Indian journal of veterinary science and animal husbandry - Volume 8,
Year: 1938
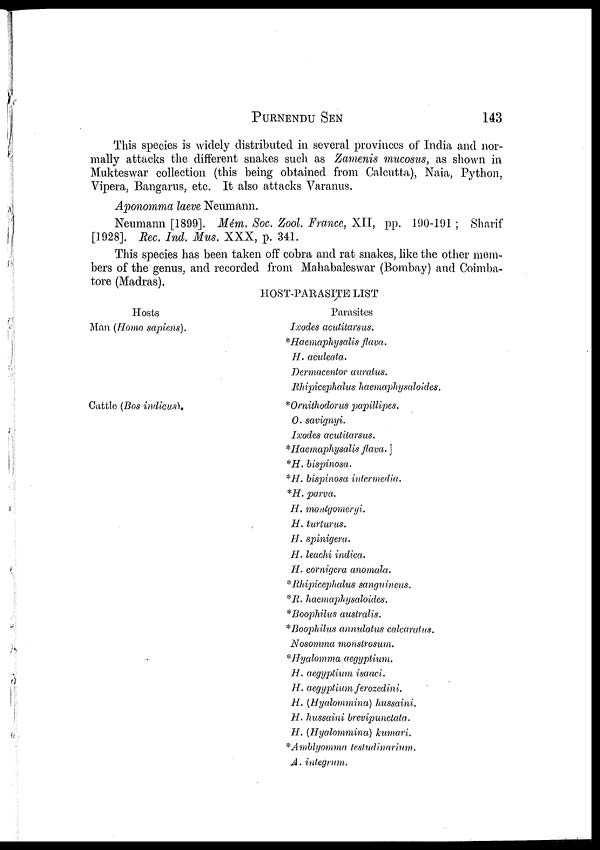
PURNENDU
SEN
143
This species is widely distributed in several provinces of India and nor-
mally attacks the different snakes such as Zamenis mucosus, as shown in
Mukteswar collection (this being obtained from Calcutta), Naia, Python,
Vipera, Bangarus, etc. It also attacks Varanus.
Aponomma laeve Neumann.
Neumann [1899]. Mém. Soc. Zool. France, XII, pp. 190-191 ; Sharif
[1928]. Rec. Ind. Mus. XXX, p. 341.
This species has been taken off cobra and rat snakes, like the other mem-
bers of the genus, and recorded from Mahabaleswar (Bombay) and Coimba-
tore (Madras).
HOST-PARASITE LIST
Hosts
Man (Homo sapiens).
Cattle (Bos indicus).
Parasites
Ixodes acutitarsus.
*Haemaphysalis flava.
H. aculeata.
Dermacentor auratus.
Rhipicephalus haemaphysaloides.
*Ornithodorus papillipes.
0. savignyi.
Ixodes acutitarsus.
*Haemaphysalis flava.
*H. bispinosa.
*H. bispinosa intermedia.
*H. parva.
H. montgomeryi.
H. turturus.
H. spinigera.
H. leachi indica.
H. cornigera anomala.
*Rhipicephalus sanguineus.
*R. haemaphysaloides.
*Boophilus australis.
*Boophilus annulatus calcaratus.
Nosomma monstrosum.
*Hyalomma aegyptium.
H. aegyptium isaaci.
H. aegyptium ferozedini.
H. (Hyalommina) hussaini.
H. hussaini brevipunctata.
H. (Hyalommina) kumari.
*Amblyomma testudinarium.
A. integrum.